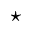
\star